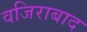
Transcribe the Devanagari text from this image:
वजिराबाद